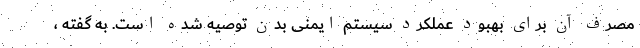
مصرف آن برای بهبود عملکرد سیستم ایمنی بدن توصیه شده است. به گفته ،